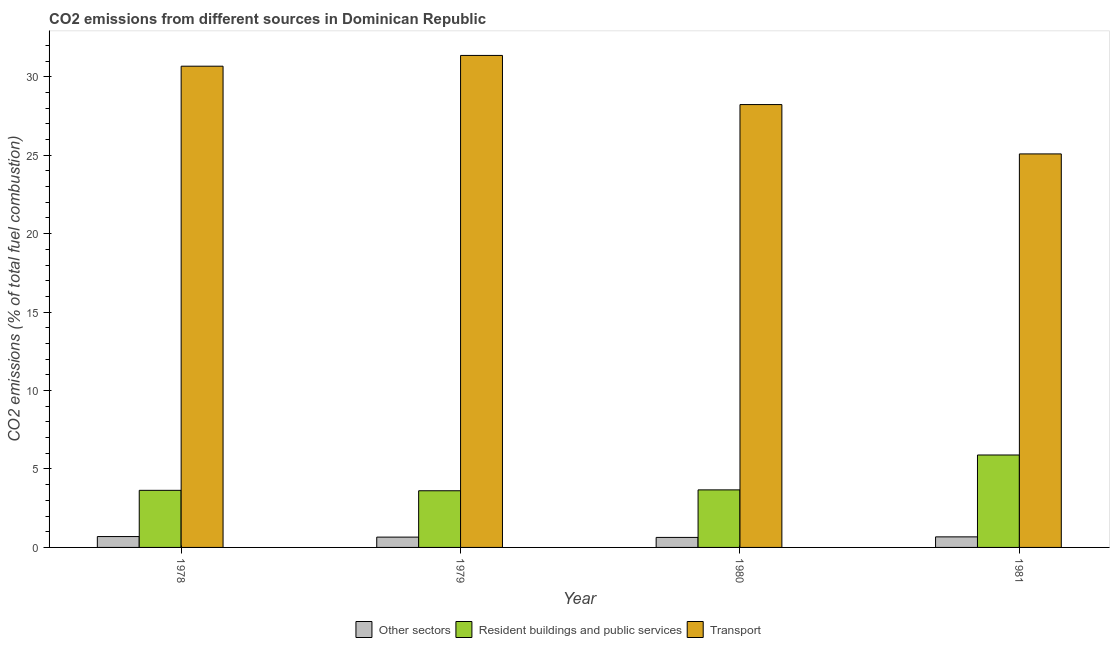
| Year | Other sectors | Resident buildings and public services | Transport |
 | --- | --- | --- | --- |
 | 1978 | 0.693 | 3.64 | 30.7 |
 | 1979 | 0.657 | 3.61 | 31.4 |
 | 1980 | 0.638 | 3.67 | 28.2 |
 | 1981 | 0.673 | 5.89 | 25.1 |